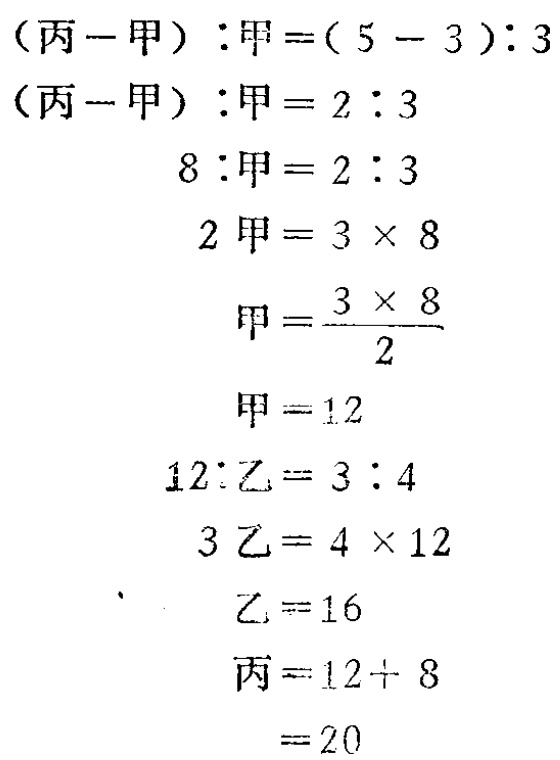
\begin{align*}

(\text{丙}-\text{甲}):\text{甲}&=(5 - 3):3\\

(\text{丙}-\text{甲}):\text{甲}&=2:3\\

8:\text{甲}&=2:3\\

2\text{甲}&=3\times 8\\

\text{甲}&=\frac{3\times 8}{2}\\

\text{甲}&=12\\

12:\text{乙}&=3:4\\

3\text{乙}&=4\times 12\\

\text{乙}&=16\\

\text{丙}&=12 + 8\\

&=20

\end{align*}